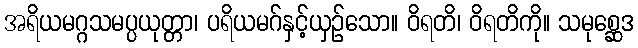
အရိယမဂ္ဂသမပ္ပယုတ္တာ၊ ပရိယမဂ်နှင့်ယှဉ်သော။ ဝိရတိ၊ ဝိရတိကို။ သမုစ္ဆေဒ